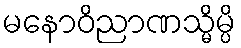
မနောဝိညာဏသ္မိမ္ပိ